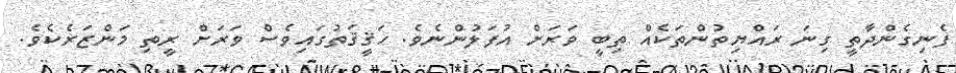
ފެނިގެންދާތީ ގިނަ ރައްޔިތުންތަކެއް ތިބީ ވަރަށް އުފަލުންނެވެ. ހަޤީޤަތުގައިވެސް ވަރަށް ރީތި މަންޒަރެކެވެ.